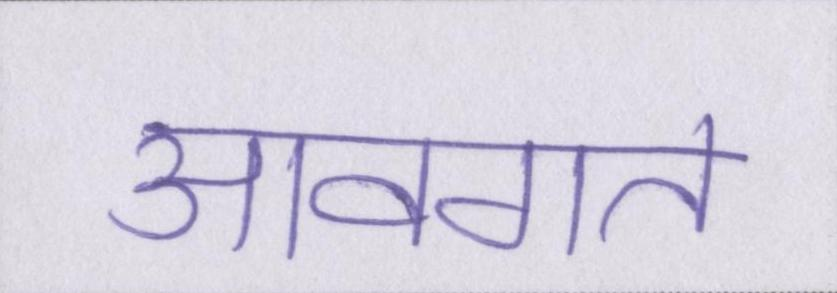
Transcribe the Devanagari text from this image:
आवगत